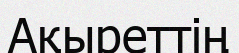
Ақыреттің